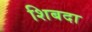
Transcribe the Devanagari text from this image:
शिबदा